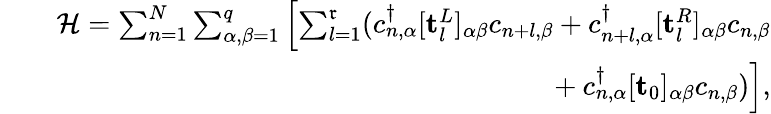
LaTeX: \begin{array}{rlr}&{}&{\mathcal{H}=\sum_{n=1}^{N}\sum_{\alpha,\beta=1}^{q}\left[\sum_{l=1}^{\mathfrak{r}}(c_{n,\alpha}^{\dagger}[\mathbf{t}_{l}^{L}]_{\alpha\beta}c_{n+l,\beta}+c_{n+l,\alpha}^{\dagger}[\mathbf{t}_{l}^{R}]_{\alpha\beta}c_{n,\beta}\right.}\\ &{}&{\left.~~~~~~~~~~~~~~~~~~~+c_{n,\alpha}^{\dagger}[\mathbf{t}_{0}]_{\alpha\beta}c_{n,\beta})\right],}\end{array}